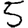
Digit: 5